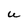
Character: U